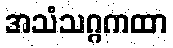
အသံသဂ္ဂကထာ